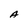
Character: A